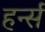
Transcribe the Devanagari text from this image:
हर्न्स